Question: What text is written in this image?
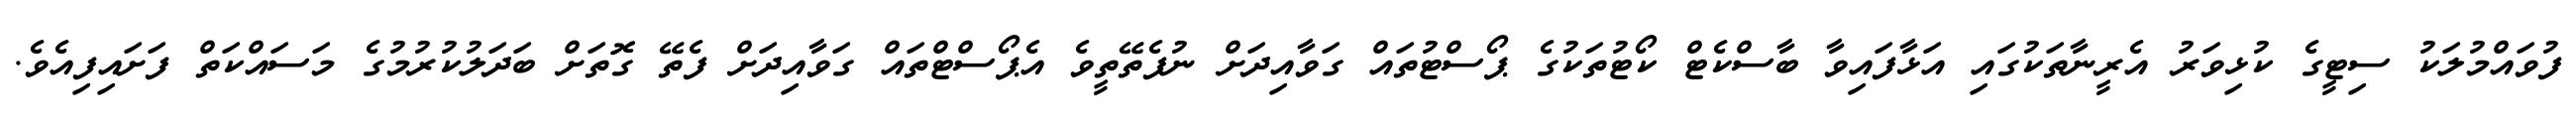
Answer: ފުވައްމުލަކު ސިޓީގެ ކުޅިވަރު އެރީނާތަކުގައި އަޅާފައިވާ ބާސްކެޓް ކޯޓުތަކުގެ ޕޯސްޓުތައް ގަވާއިދަށް ނުފެތޭތީވެ އެޕޯސްޓްތައް ގަވާއިދަށް ފެތޭ ގޮތަށް ބަދަލުކުރުމުގެ މަސައްކަތް ފަށައިފިއެވެ.